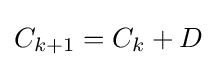
C_{k+1}=C_{k}+D